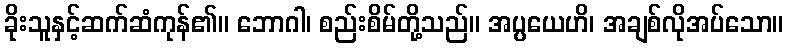
ခိုးသူနှင့်ဆက်ဆံကုန်၏။ ဘောဂါ၊ စည်းစိမ်တို့သည်။ အပ္ပယေဟိ၊ အချစ်လိုအပ်သော။